Lunatic asylums United Provinces 1909-1921 - 1909-1921
Year: 1909
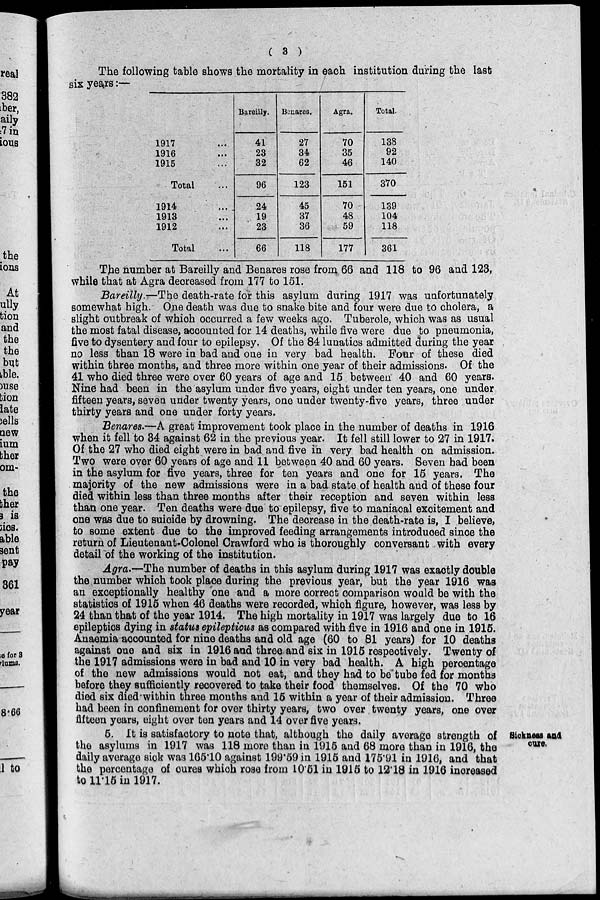
( 3 )
The following table shows the mortality in each institution during the last
six years:—
1917 ...
1916 ...
1915 ...
Total ...
1914 ...
1913 ...
1912 ...
Total ...
Bareilly.
41
23
32
96
24
19
23
66
Benares.
27
34
62
123
45
37
36
118
Agra.
70
35
46
151
70
48
59
177
Total.
138
92
140
370
139
104
118
361
The number at Bareilly and Benares rose from 66 and 118 to 96 and 123,
while that at Agra decreased from 177 to 151.
Bareilly.—The death-rate for this asylum during 1917 was unfortunately
somewhat high. One death was due to snake bite and four were due to cholera, a
slight outbreak of which occurred a few weeks ago. Tubercle, which was as usual
the most fatal disease, accounted for 14 deaths, while five were due to pneumonia,
five to dysentery and four to epilepsy. Of the 84 lunatics admitted during the year
no less than 18 were in bad and one in very bad health. Four of these died
within three months, and three more within one year of their admissions. Of the
41 who died three were over 60 years of age and 15 between 40 and 60 years.
Nine had been in the asylum under five years, eight under ten years, one under
fifteen years, seven under twenty years, one under twenty-five years, three under
thirty years and one under forty years.
Benares.—A great improvement took place in the number of deaths in 1916
when it fell to 84 against 62 in the previous year. It fell still lower to 27 in 1917.
Of the 27 who died eight were in bad and five in very bad health on admission.
Two were over 60 years of age and 11 between 40 and 60 years. Seven bad been
in the asylum for five years, three for ten years and one for 15 years. The
majority of the new admissions were in a bad state of health and of these four
died within less than three months after their reception and seven within less
than one year. Ten deaths were due to epilepsy, five to maniacal excitement and
one was due to suicide by drowning. The decrease in the death-rate is, I believe,
to some extent due to the improved feeding arrangements introduced since the
return of Lieutenant-Colonel Crawford who is thoroughly conversant with every
detail of the working of the institution.
Agra.-—The number of deaths in this asylum during 1917 was exactly double
the number which took place during the previous year, but the year 1916 was
an exceptionally healthy one and a more correct comparison would be with the
statistics of 1915 when 46 deaths were recorded, which figure, however, was less by
24 than that of the year 1914. The high mortality in 1917 was largely due to 16
epileptics dying in status epileptious as compared with five in 1916 and one in 1915.
Anaemia accounted for nine deaths and old age (60 to 81 years) for 10 deaths
against one and six in 1916 and three and six in 1915 respectively. Twenty of
the 1917 admissions were in bad and 10 in very bad health. A high percentage
of the new admissions would not eat, and they had to be tube fed for months
before they sufficiently recovered to take their food themselves. Of the 70 who
died six died within three months and 15 within a year of their admission. Three
had been in confinement for over thirty years, two over twenty years, one over
fifteen years, eight over ten years and 14 over five years.
Sickness and
cure.
5. It is satisfactory to note that, although the daily average strength of
the asylums in 1917 was 118 more than in 1915 and 68 more than in 1916, the
daily average sick was 165.10 against 199.59 in 1915 and 175.91 in 1916, and that
the percentage of cures which rose from 10.51 in 1915 to 12.18 in 1916 increased
to 11.15 in 1917.